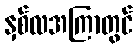
နှစ်လအကြာတွင်